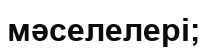
мәселелері;